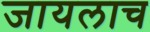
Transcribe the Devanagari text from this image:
जायलाच